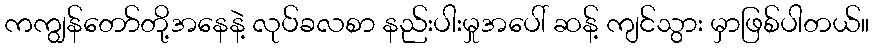
ကကျွန်တော်တို့အနေနဲ့ လုပ်ခလစာ နည်းပါးမှုအပေါ် ဆန့် ကျင်သွား မှာဖြစ်ပါတယ်။